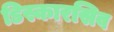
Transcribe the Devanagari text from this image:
डिस्कारसिव